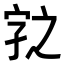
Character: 𭓆